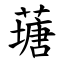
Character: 䕋